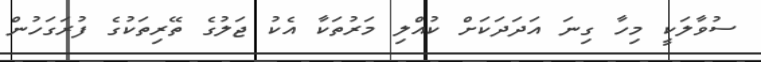
ސުވާލަކީ މިހާ ގިނަ އަދަދަކަށް ކުއްލި މަރުތަކާ އެކު ޖަލުގެ ތޭރިތަކުގެ ފުރަގަހުން